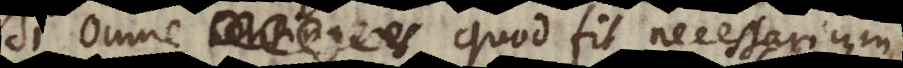
Si omne quod fit, necessarium